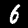
Label: 6